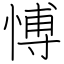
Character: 愽